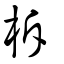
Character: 柝